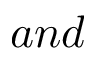
a n d